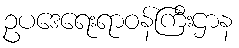
ဥပဒေရေးရာဝန်ကြီးဌာန